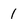
Character: 1